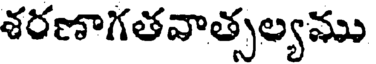
శరణాగతవాత్సల్యము